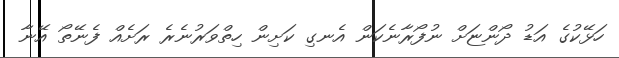
ހަޅޭކުގެ އަޑު ދޯންޏަށް ނުފޯރާނެކަން އެނގި ކަށިން ހިތްވަރުނެރެ ރަށެއް ފެނޭތޯ އޭނާ